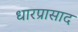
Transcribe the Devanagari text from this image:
धारप्रासाद